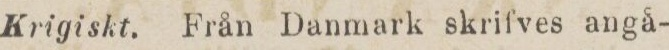
Krigiskt. Från Danmark skrifves angå-